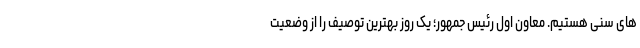
های سنی هستیم. معاون اول رئیس جمهور؛ یک روز بهترین توصیف را از وضعیت